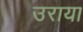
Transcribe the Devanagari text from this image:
उराया